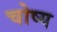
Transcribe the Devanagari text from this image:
चोष्य